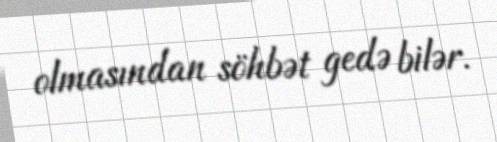
olmasından söhbət gedə bilər.